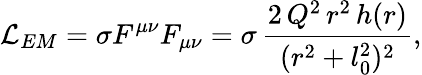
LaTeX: \mathcal{L}_{EM}=\sigma F^{\mu\nu}F_{\mu\nu}=\sigma\, \frac{2\, Q^{2}\, r^{2}\, h(r)}{(r^{2}+l_{0}^{2})^{2}},